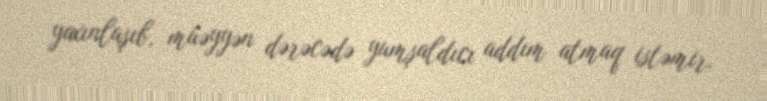
yaxınlaşıb, müəyyən dərəcədə yumşaldıcı addım atmaq istəmir.